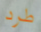
طرد